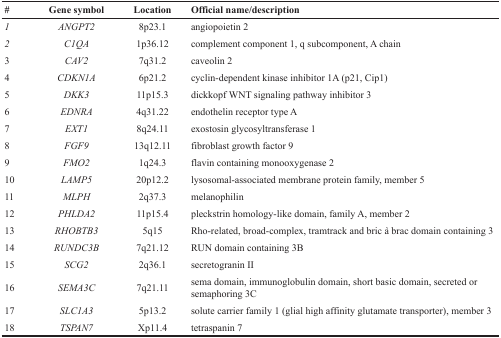
| # | Gene symbol | Location | Official name/description |
 | --- | --- | --- | --- |
 | 1 | ANGPT2 | 8p23.1 | angiopoietin 2 |
 | 2 | C1QA | 1p36.12 | complement component 1, q subcomponent, A chain |
 | 3 | CAV2 | 7q31.2 | caveolin 2 |
 | 4 | CDKN1A | 6p21.2 | cyclin-dependent kinase inhibitor 1A (p21, Cip1) |
 | 5 | DKK3 | 11p15.3 | dickkopf WNT signaling pathway inhibitor 3 |
 | 6 | EDNRA | 4q31.22 | endothelin receptor type A |
 | 7 | EXT1 | 8q24.11 | exostosin glycosyltransferase 1 |
 | 8 | FGF9 | 13q12.11 | fibroblast growth factor 9 |
 | 9 | FMO2 | 1q24.3 | flavin containing monooxygenase 2 |
 | 10 | LAMP5 | 20p12.2 | lysosomal-associated membrane protein family, member 5 |
 | 11 | MLPH | 2q37.3 | melanophilin |
 | 12 | PHLDA2 | 11p15.4 | pleckstrin homology-like domain, family A, member 2 |
 | 13 | RHOBTB3 | 5q15 | Rho-related, broad-complex, tramtrack and bric à brac domain containing 3 |
 | 14 | RUNDC3B | 7q21.12 | RUN domain containing 3B |
 | 15 | SCG2 | 2q36.1 | secretogranin II |
 | 16 | SEMA3C | 7q21.11 | sema domain, immunoglobulin domain, short basic domain, secreted or semaphoring 3C |
 | 17 | SLC1A3 | 5p13.2 | solute carrier family 1 (glial high affinity glutamate transporter), member 3 |
 | 18 | TSPAN7 | Xp11.4 | tetraspanin 7 |